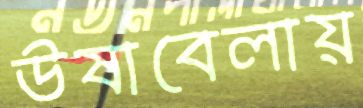
উষাবেলায়